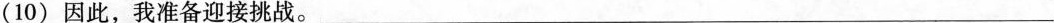
( 10 ) 因此，我准备迎接挑战。___